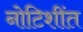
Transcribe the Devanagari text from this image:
नोटिशींत